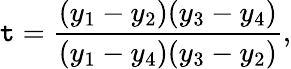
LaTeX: \mathtt{t}={\frac{{(y_{1}-y_{2})(y_{3}-y_{4})}}{{(y_{1}-y_{4})(y_{3}-y_{2})}}},